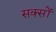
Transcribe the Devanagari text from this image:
सक्सों